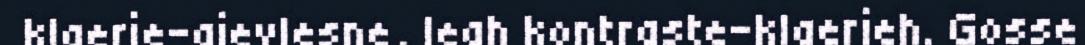
klaerie-gievlesne, leah kontraste-klaerieh. Gosse